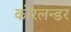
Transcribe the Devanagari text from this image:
कोरलन्डर